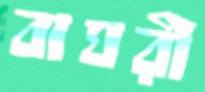
বাঘরী